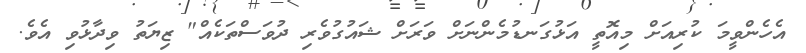
އެހެންވީމަ ކުރިއަށް މިއޮތީ އަޅުގަނޑުމެންނަށް ވަރަށް ޝައުގުވެރި ދުވަސްތަކެއް" ޒިޔަތު ވިދާޅުވި އެވެ.